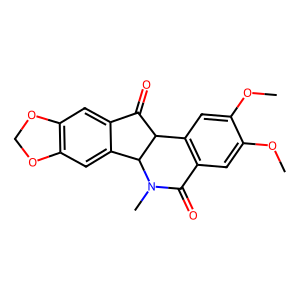
SMILES: COc1cc2c(cc1OC)C1C(=O)c3cc4c(cc3C1N(C)C2=O)OCO4
Inhibits HIV replication: No